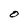
Character: O